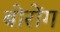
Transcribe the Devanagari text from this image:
बोरोंग